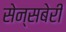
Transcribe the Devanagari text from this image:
सेन्सबेरी